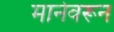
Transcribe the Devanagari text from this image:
मानेवरून